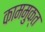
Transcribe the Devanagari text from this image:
काममुक्त